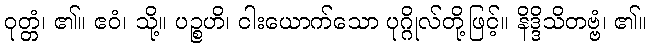
ဝုတ္တံ၊ ၏။ ဧဝံ၊ သို့။ ပဉ္စဟိ၊ ငါးယောက်သော ပုဂ္ဂိုလ်တို့ဖြင့်။ နိဒ္ဒိသိတဗ္ဗံ၊ ၏။